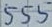
Text: 555